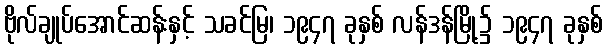
ဗိုလ်ချုပ်အောင်ဆန်းနှင့် သခင်မြ၊ ၁၉၄၇ ခုနှစ် လန်ဒန်မြို့၌ ၁၉၄၇ ခုနှစ်